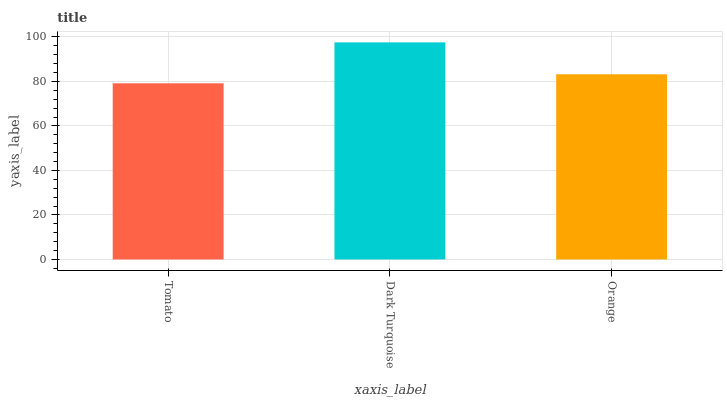
| xaxis_label | bars |
 | --- | --- |
 | Tomato | 79.2 |
 | Dark Turquoise | 97.6 |
 | Orange | 83.2 |